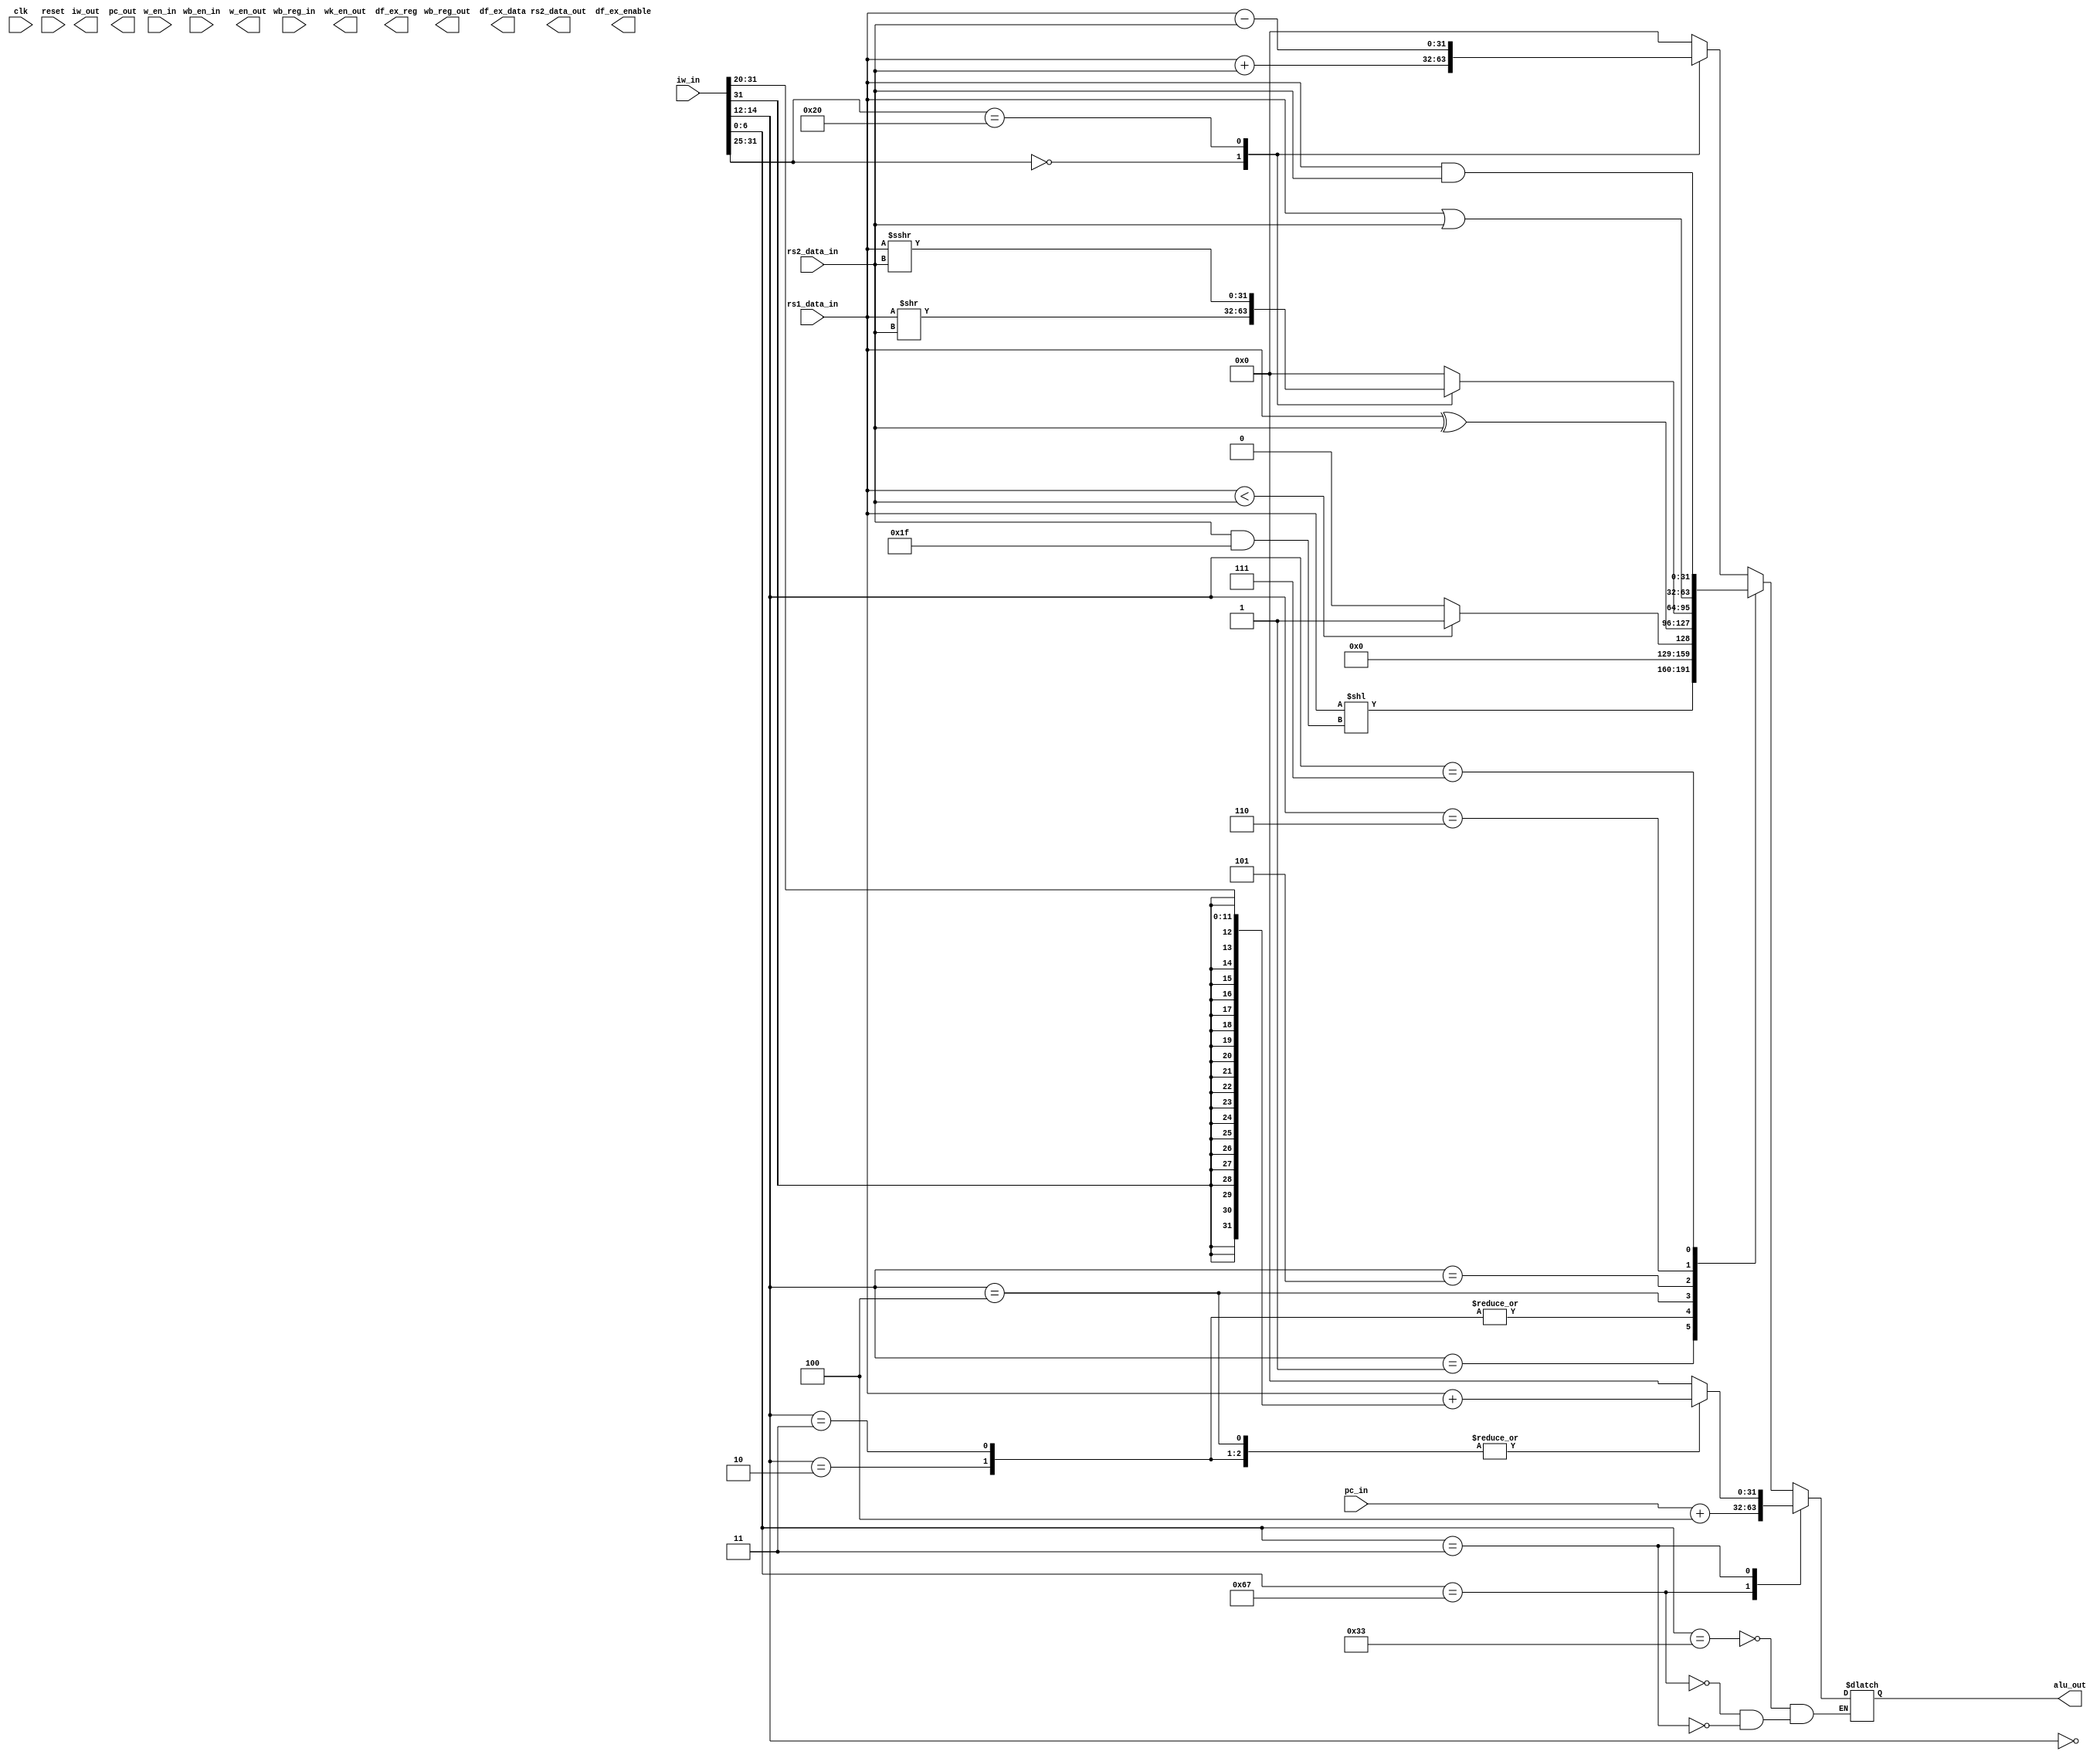
module alu // execution stage
(
	input clk,  															
	input reset, wb_en_in,                             
	input [4:0] wb_reg_in,
	input [31:0] pc_in, iw_in, rs1_data_in, rs2_data_in,    
	input w_en_in,                                          

	output [31:0] alu_out, iw_out, pc_out,              
	output reg [4:0] wb_reg_out,
	output wk_en_out,

	output w_en_out,                                        
	output reg [31:0] rs2_data_out,                        

	output df_ex_enable,     				
	output reg [4:0] df_ex_reg,         
	output reg [31:0] df_ex_data       
);

	parameter R_INSRUCTIONS = 7'b0110011;
	parameter I_INSTRUCTIONS_JALR = 7'b1100111;
	parameter I_INSTRUCTIONS_LB_TO_LHU = 7'b0000011;
	parameter I_INSTRUCTIONS_ADDI_TO_SRAI =  7'b0010011;
	
	parameter ADD_SUB_FUNCT3 = 3'b000;
	parameter SLL_FUNCT3 = 3'b001;
	parameter SLT_FUNCT3 = 3'b010;
	parameter SLTU_FUNCT3 = 3'b011;
	parameter XOR_FUNCT3 = 3'b100;
	parameter SRL_SRA_FUNCT3 = 3'b101;
	parameter OR_FUNCT3 = 3'b110;
	parameter AND_FUNCT3 = 3'b111;
	
	parameter LB_FUNCT3 = 3'b000;
	parameter LH_FUNCT3 = 3'b001;
	parameter LW_FUNCT3 = 3'b010;
	parameter LBU_FUNCT3 = 3'b011;
	parameter LHU_FUNCT3 = 3'b100;
	
	parameter ADD_FUNCT7 = 7'b0000000;
	parameter SUB_FUNCT7 = 7'b0100000;
	parameter SRL_FUNCT7 = 7'b0000000;
	parameter SRA_FUNCT7 = 7'b0100000;
	
	reg [31:0] alu_out_reg;               
	wire [2:0] func3 = {iw_in[14:12]};     
	wire [6:0] func7 = {iw_in[31:25]};      
	wire [4:0] shamt = {iw_in[24:20]};      
	wire [6:0] opcde = {iw_in[6:0]};        
	wire [6:0] i1    = {iw_in[31:25]};     

	always @ (*)
		begin                              
			case (opcde)
        
				R_INSRUCTIONS:                                                             
            begin
					case (func3)
						ADD_SUB_FUNCT3:                                                         
							begin
								case (func7)
									ADD_FUNCT7: alu_out_reg <= rs1_data_in + rs2_data_in; 
									
									SUB_FUNCT7: alu_out_reg <= rs1_data_in - rs2_data_in;       
                           
									default:    alu_out_reg <= 32'b0;                     
                        endcase
							end
							
						SLL_FUNCT3: alu_out_reg <= rs1_data_in << (rs2_data_in & 16'h1F);
						
						SLT_FUNCT3:
						begin
						  if (rs1_data_in < rs2_data_in)
								 alu_out_reg <= 32'd1;
							else
								 alu_out_reg <= 32'd0;
						end
						
						SLTU_FUNCT3:
						begin
							if (rs1_data_in < rs2_data_in)
								 alu_out_reg <= 32'd1;                                     
							else
								 alu_out_reg <= 32'd0;
						end
						
						XOR_FUNCT3: alu_out_reg <= rs1_data_in ^ rs2_data_in;
						
						SRL_SRA_FUNCT3:
						begin
							case(func7)
								SRL_FUNCT7: alu_out_reg <= rs1_data_in >> rs2_data_in;
								
								SRA_FUNCT7: alu_out_reg <= rs1_data_in >>> rs2_data_in;
								
								default:    alu_out_reg <= 32'b0;
							endcase
						end
						
						OR_FUNCT3: alu_out_reg <= rs1_data_in | rs2_data_in;
						
						AND_FUNCT3: alu_out_reg <= rs1_data_in & rs2_data_in;
						
						default: alu_out_reg <= 32'b0; 
						
					endcase
				end
				
				I_INSTRUCTIONS_JALR: alu_out_reg <= pc_in + 32'd4;
				
				I_INSTRUCTIONS_LB_TO_LHU:
				begin
					case (func3)
						  LB_FUNCT3: alu_out_reg = rs1_data_in + {{20{iw_in[31]}}, iw_in[31:20]};               // LB 
						  LH_FUNCT3: alu_out_reg = rs1_data_in + {{20{iw_in[31]}}, iw_in[31:20]};               // LH 
						  LW_FUNCT3: alu_out_reg = rs1_data_in + {{20{iw_in[31]}}, iw_in[31:20]};               // LW 
						  LBU_FUNCT3: alu_out_reg = rs1_data_in + {{20{iw_in[31]}}, iw_in[31:20]};              // LBU 
						  LHU_FUNCT3: alu_out_reg = rs1_data_in + {{20{iw_in[31]}}, iw_in[31:20]};              // LHU 
						  default: alu_out_reg = 32'b0;                                                      
					 endcase
				end

				I_INSTRUCTIONS_ADDI_TO_SRAI:
				begin
				
				end
				
			endcase
		end

		assign alu_out = alu_out_reg;
		
endmodule